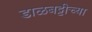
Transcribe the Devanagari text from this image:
डाळबट्टीच्या